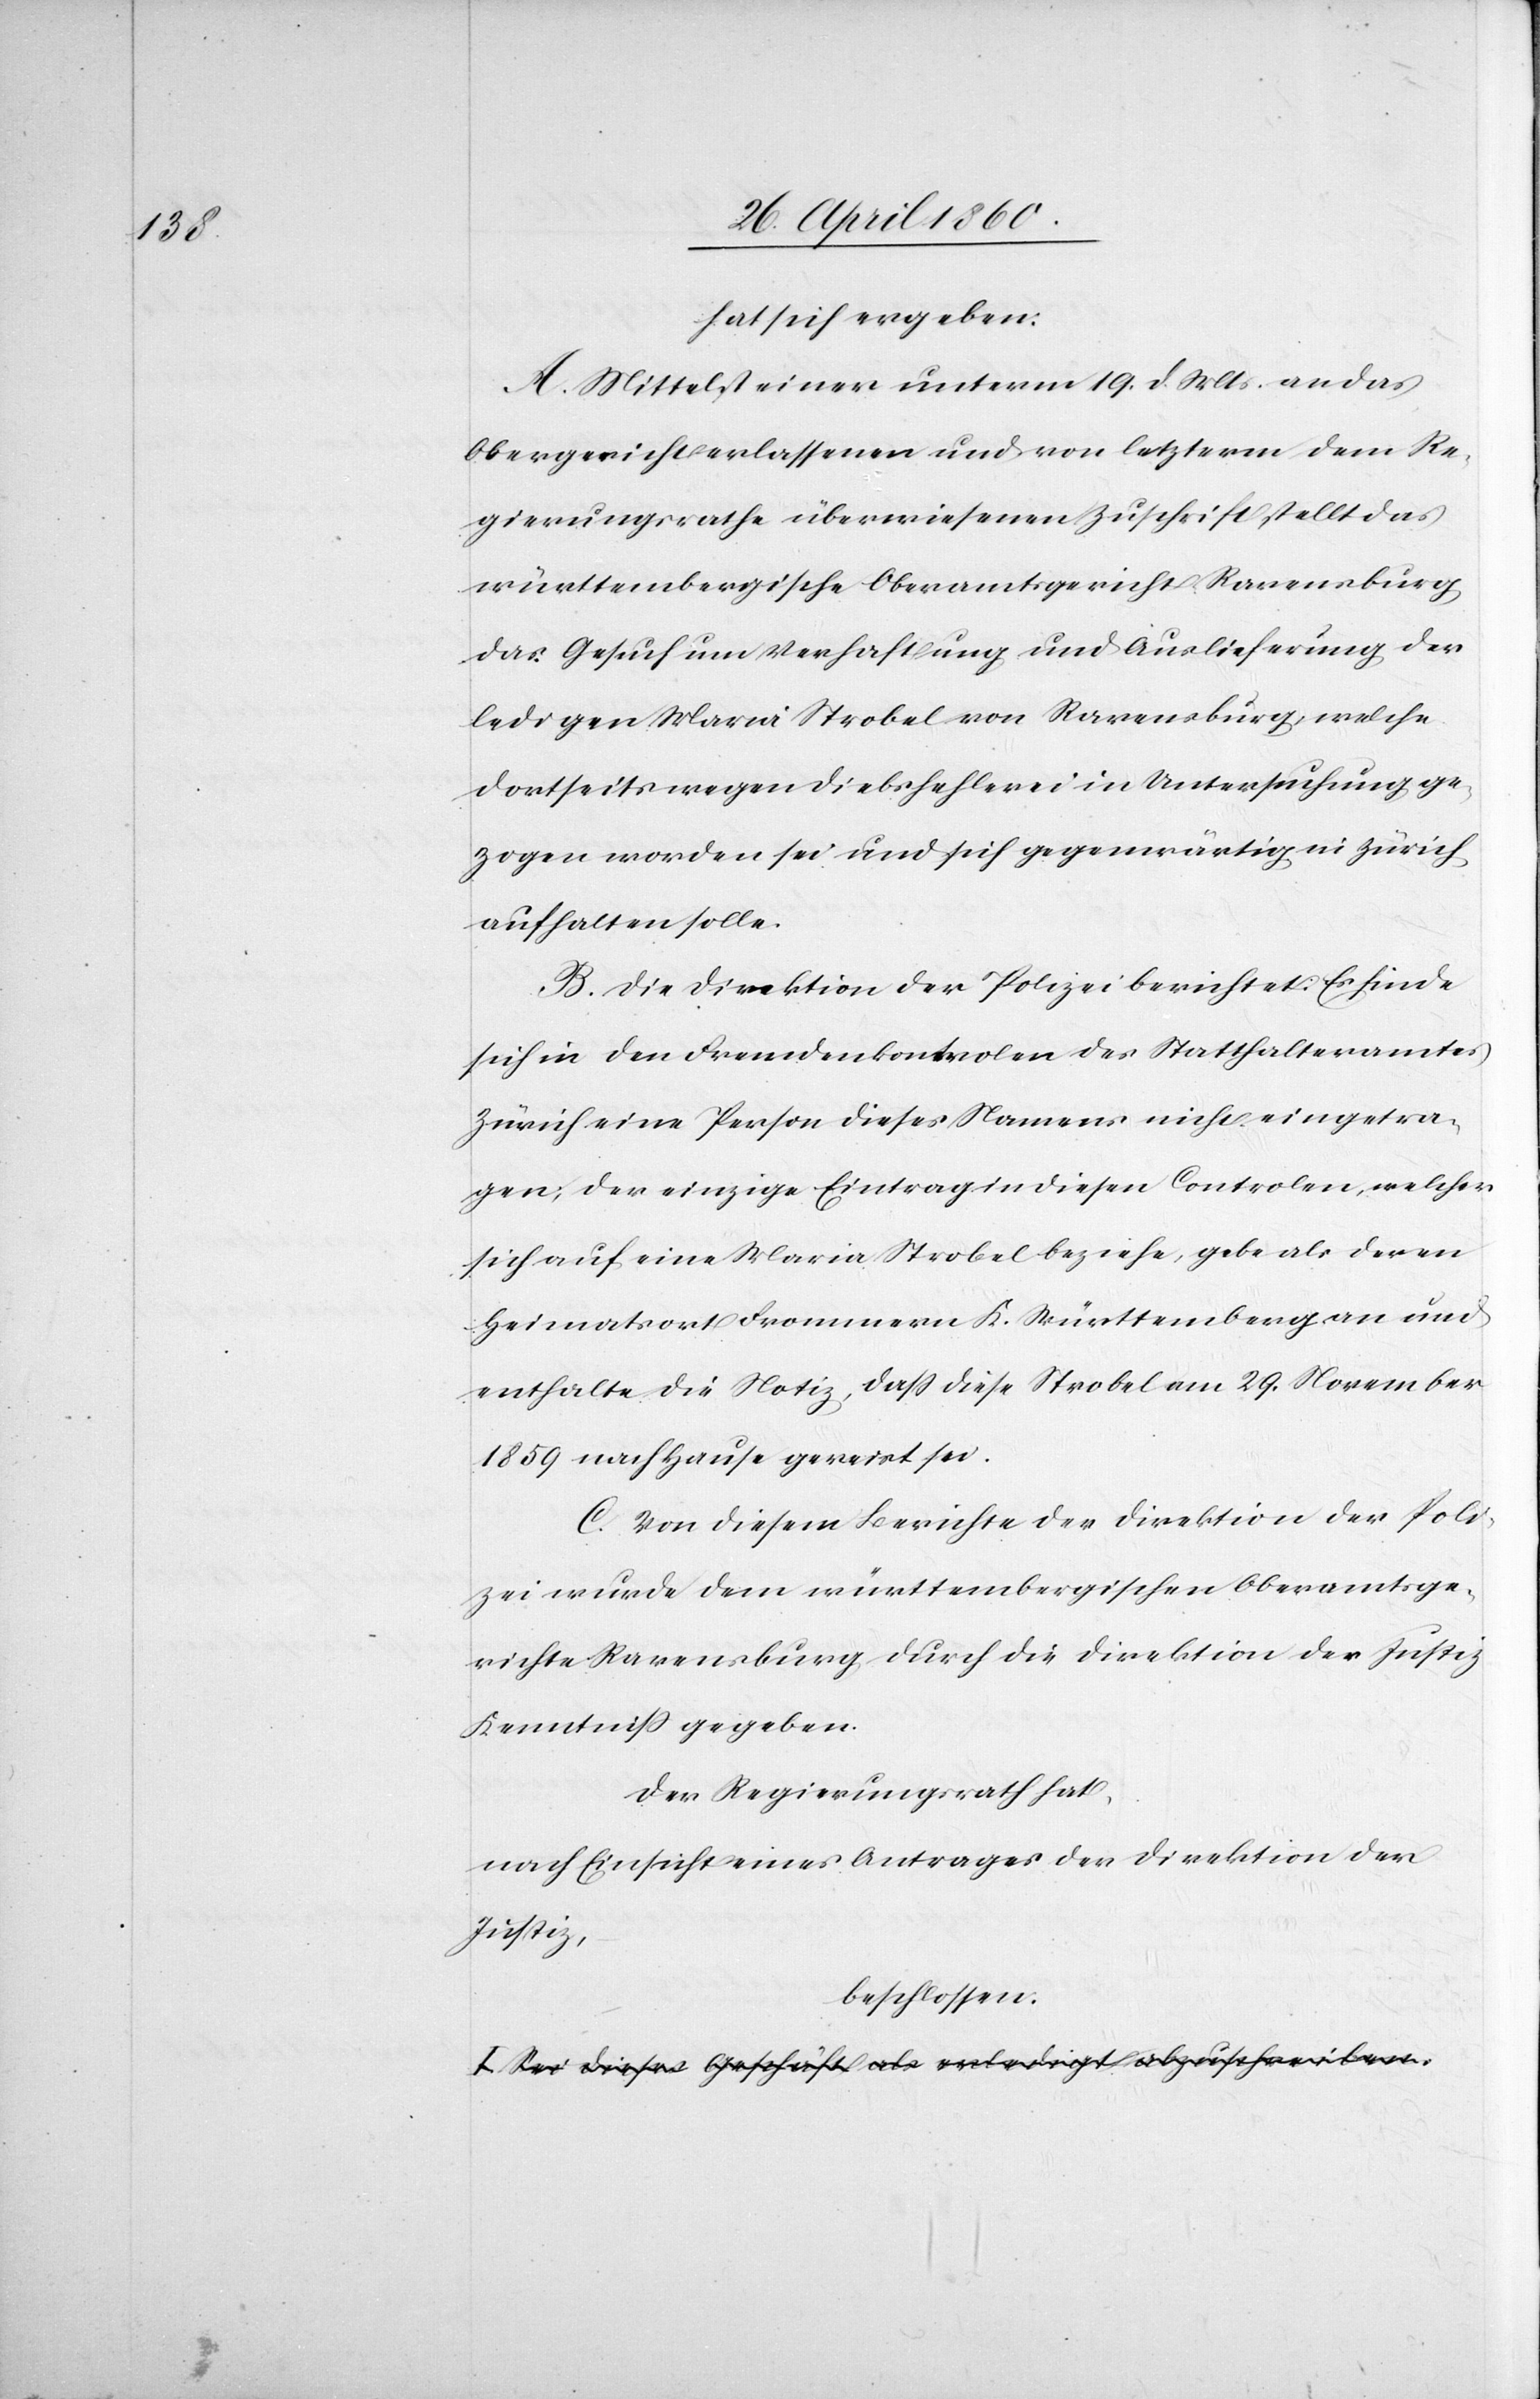
hat sich ergeben:
A. Mittelst einer unterm 19. d. Mts. an das
Obergericht erlassenen und von letzterm dem Re¬
gierungsrathe überwiesenen Zuschrift stellt das
württembergische Oberamtsgericht Ravensburg
das Gesuch um Verhaftung und Auslieferung der
ledigen Maria Strobel von Ravensburg, welche
dortseits wegen Diebshehlerei in Untersuchung ge¬
zogen worden sei und sich gegenwärtig in Zürich
aufhalten solle.
B. Die Direktion der Polizei berichtet: Es finde
sich in den Fremdenkontrolen des Statthalteramtes
Zürich eine Person dieses Namens nicht eingetra¬
gen, der einzige Eintrag in diesen Controlen, welcher
sich auf eine Maria Strobel beziehe, gebe als deren
Heimatsort Frommern, K. Württemberg an und
enthalte die Notiz, dass diese Strobel am 29. November
1859 nach Hause gereist sei.
C. Von diesem Berichte der Direktion der Poli¬
zei wurde dem württembergischen Oberamtsge¬
richte Ravensburg durch die Direktion der Justiz
Kenntniss gegeben.
Der Regierungsrath hat,
nach Einsicht eines Antrages der Direktion der
Justiz,
beschlossen: